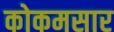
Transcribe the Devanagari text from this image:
कोकमसार